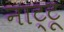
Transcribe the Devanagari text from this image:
नाट्टू